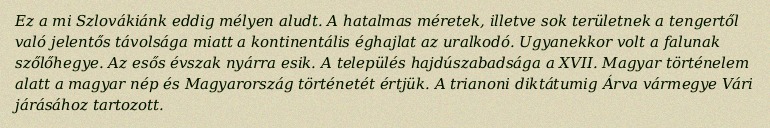
Ez a mi Szlovákiánk eddig mélyen aludt. A hatalmas méretek, illetve sok területnek a tengertől való jelentős távolsága miatt a kontinentális éghajlat az uralkodó. Ugyanekkor volt a falunak szőlőhegye. Az esős évszak nyárra esik. A település hajdúszabadsága a XVII. Magyar történelem alatt a magyar nép és Magyarország történetét értjük. A trianoni diktátumig Árva vármegye Vári járásához tartozott.